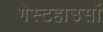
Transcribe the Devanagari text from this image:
गेस्टहाउसों